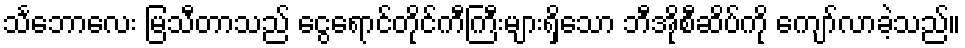
သင်္ဘောလေး မြသီတာသည် ငွေရောင်တိုင်ကီကြီးများရှိသော ဘီအိုစီဆိပ်ကို ကျော်လာခဲ့သည်။